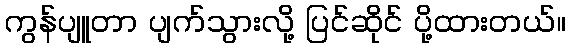
ကွန်ပျူတာ ပျက်သွားလို့ ပြင်ဆိုင် ပို့ထားတယ်။